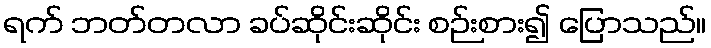
ရက် ဘတ်တလာ ခပ်ဆိုင်းဆိုင်း စဉ်းစား၍ ပြောသည်။